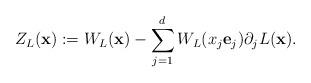
LaTeX: \begin{align*}Z_L({\mathbf x}): = W_L({\mathbf x}) - \sum_{j=1}^d W_L(x_j{\mathbf e}_j)\partial_jL({\mathbf x}).\end{align*}